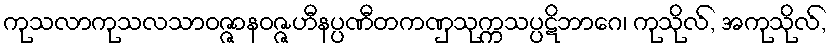
ကုသလာကုသလသာဝဇ္ဇာနဝဇ္ဇဟီနပ္ပဏီတကဏှသုက္ကသပ္ပဋိဘာဂေ၊ ကုသိုလ်, အကုသိုလ်,